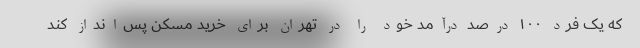
که یک فرد ۱۰۰ درصد درآمد خود را در تهران برای خرید مسکن پس‌انداز کند